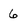
Character: 6